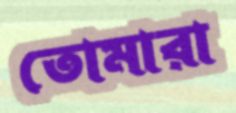
তোমারা